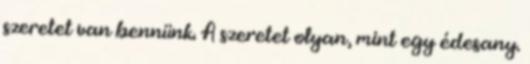
szeretet van bennünk. A szeretet olyan, mint egy édesany.